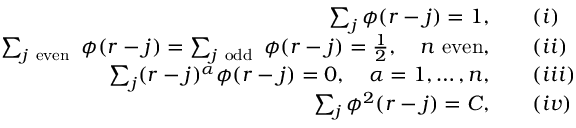
\begin{array} { r l } { \sum _ { j } \phi ( r - j ) = 1 , } & { \quad ( \romannumeral 1 ) } \\ { \sum _ { j \mathrm { ~ e v e n ~ } } \phi ( r - j ) = \sum _ { j \mathrm { ~ o d d ~ } } \phi ( r - j ) = \frac { 1 } { 2 } , \quad n \mathrm { ~ e v e n } , } & { \quad ( \romannumeral 2 ) } \\ { \sum _ { j } ( r - j ) ^ { \alpha } \phi ( r - j ) = 0 , \quad \alpha = 1 , \ldots , n , } & { \quad ( \romannumeral 3 ) } \\ { \sum _ { j } \phi ^ { 2 } ( r - j ) = C , } & { \quad ( \romannumeral 4 ) } \end{array}